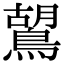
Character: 鶦